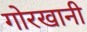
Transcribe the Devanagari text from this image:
गोरखानी